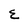
Character: E